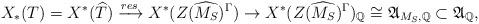
LaTeX: \begin{align*}X_*(T)=X^*(\widehat{T}) \xrightarrow{res} X^*(Z(\widehat{M_S})^{\Gamma}) \to X^*(Z(\widehat{M_S})^{\Gamma})_{\mathbb{Q}} \cong \mathfrak{A}_{M_S, \mathbb{Q}} \subset \mathfrak{A}_{\mathbb{Q}},\end{align*}